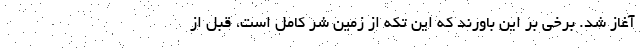
آغاز شد. برخی بر این باورند که این تکه از زمین شر کامل است، قبل از